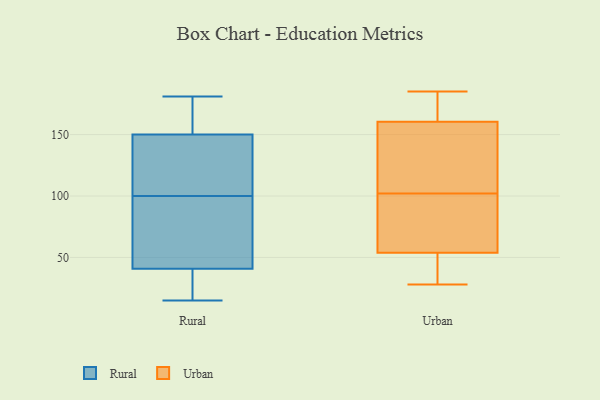
{"axis": {"x": "Inventory Turnover", "y": "Value"}, "legend": ["Rural", "Urban"], "data": [{"x": "", "y": 100, "type": "Rural"}, {"x": "", "y": 23, "type": "Rural"}, {"x": "", "y": 25, "type": "Rural"}, {"x": "", "y": 126, "type": "Rural"}, {"x": "", "y": 54, "type": "Rural"}, {"x": "", "y": 147, "type": "Rural"}, {"x": "", "y": 15, "type": "Rural"}, {"x": "", "y": 181, "type": "Rural"}, {"x": "", "y": 106, "type": "Rural"}, {"x": "", "y": 178, "type": "Rural"}, {"x": "", "y": 113, "type": "Rural"}, {"x": "", "y": 34, "type": "Rural"}, {"x": "", "y": 167, "type": "Rural"}, {"x": "", "y": 159, "type": "Rural"}, {"x": "", "y": 88, "type": "Rural"}, {"x": "", "y": 91, "type": "Rural"}, {"x": "", "y": 43, "type": "Rural"}, {"x": "", "y": 153, "type": "Urban"}, {"x": "", "y": 185, "type": "Urban"}, {"x": "", "y": 45, "type": "Urban"}, {"x": "", "y": 85, "type": "Urban"}, {"x": "", "y": 171, "type": "Urban"}, {"x": "", "y": 168, "type": "Urban"}, {"x": "", "y": 102, "type": "Urban"}, {"x": "", "y": 28, "type": "Urban"}, {"x": "", "y": 97, "type": "Urban"}, {"x": "", "y": 163, "type": "Urban"}, {"x": "", "y": 111, "type": "Urban"}, {"x": "", "y": 53, "type": "Urban"}, {"x": "", "y": 56, "type": "Urban"}, {"x": "", "y": 182, "type": "Urban"}, {"x": "", "y": 28, "type": "Urban"}, {"x": "", "y": 120, "type": "Urban"}, {"x": "", "y": 36, "type": "Urban"}, {"x": "", "y": 116, "type": "Urban"}, {"x": "", "y": 87, "type": "Urban"}]}